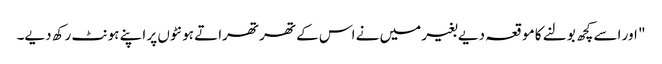
" اور اسے کچھ بولنے کا موقعہ دیے بغیر میں نے اس کے تھرتھراتے ہونٹوں پر اپنے ہونٹ رکھ دیے۔